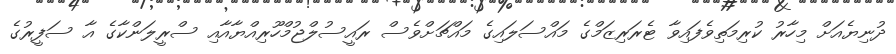
ދުނިޔެއަށް މިހާރު ކުރިމަތިވެފައިވާ ޓެރަރިޒަމްގެ މައްސަލައިގެ މައްޗަށްވެސް ރައީސުލްޖުމްހޫރިއްޔާއާއި ސްރީލަންކާގެ އާ ސަފީރުގެ